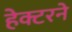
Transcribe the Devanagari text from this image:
हेक्टरने